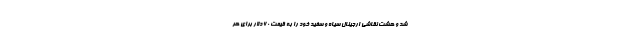
شد و هشت نقاشی ارجینال سیاه و سفید خود را به قیمت 60 دلار برای هر